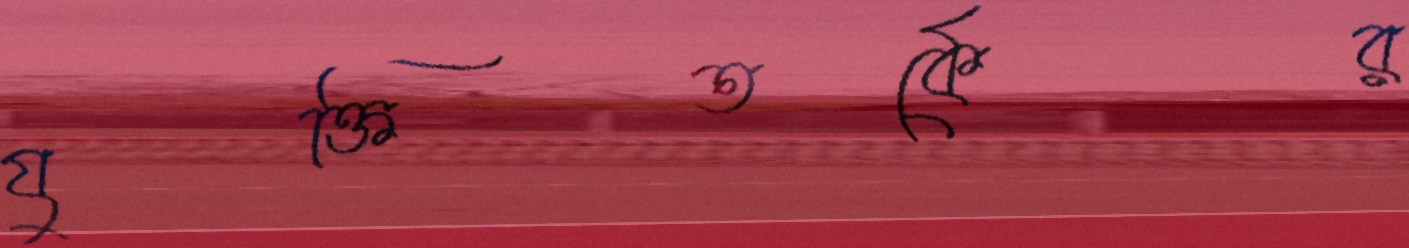
যুক্তিতর্কের